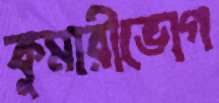
কুমারীভোগ